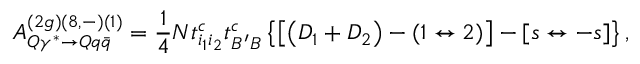
{ \cal A } _ { Q \gamma ^ { * } \rightarrow Q q \bar { q } } ^ { ( 2 g ) ( 8 , - ) ( 1 ) } = \frac { 1 } { 4 } N t _ { i _ { 1 } i _ { 2 } } ^ { c } t _ { B ^ { \prime } B } ^ { c } \left\{ \left[ \left( D _ { 1 } + D _ { 2 } \right) - \left( 1 \leftrightarrow 2 \right) \right] - \left[ s \leftrightarrow - s \right] \right\} ,